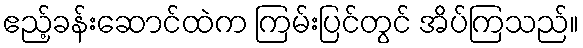
ဧည့်ခန်းဆောင်ထဲက ကြမ်းပြင်တွင် အိပ်ကြသည်။